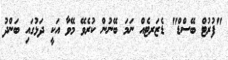
"ފުރުޓް ބޭސްޑް" ޑެޒަރޓެއް ނަމަ ބޭނުން ކުރެވޭ މޭވާ އަކީ ދަޅުގައި ބަންދު